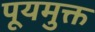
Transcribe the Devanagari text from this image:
पूयमुक्त